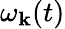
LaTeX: \omega_{\boldsymbol{\mathrm{k}}}(t)